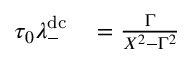
\begin{array} { r l } { \tau _ { 0 } \lambda _ { - } ^ { \mathrm { d c } } } & { { } = \frac { \Gamma } { X ^ { 2 } - \Gamma ^ { 2 } } } \end{array}